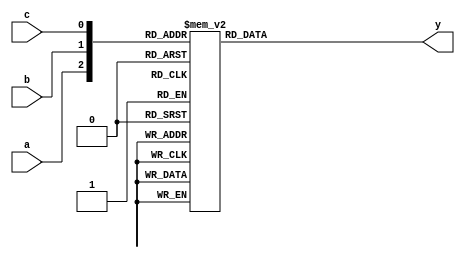
module or_gate(input a, input b, input c, output y);

  always @* begin
    case({a, b, c})
      3'b000: y = 1'b0;
      3'b001: y = 1'b1;
      3'b010: y = 1'b1;
      3'b011: y = 1'b1;
      3'b100: y = 1'b1;
      3'b101: y = 1'b1;
      3'b110: y = 1'b1;
      3'b111: y = 1'b1;
    endcase
  end

endmodule